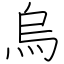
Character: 烏